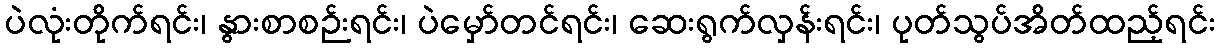
ပဲလုံးတိုက်ရင်း၊ နွားစာစဉ်းရင်း၊ ပဲမှော်တင်ရင်း၊ ဆေးရွက်လှန်းရင်း၊ ပုတ်သွပ်အိတ်ထည့်ရင်း